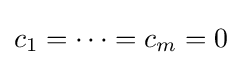
c_{1}=\cdots =c_{m}=0